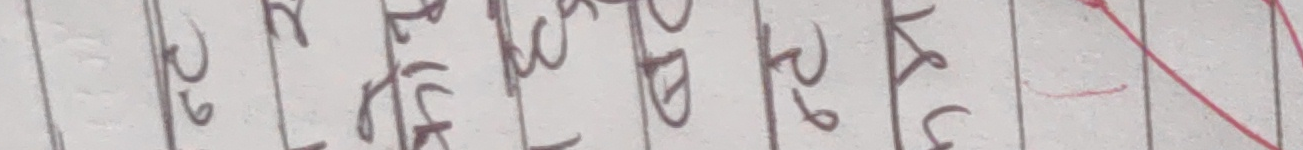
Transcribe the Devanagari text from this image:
२७ १५ ४३ ६८ २७ १५